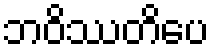
ဘဝိဿတိပေ